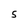
Character: 5